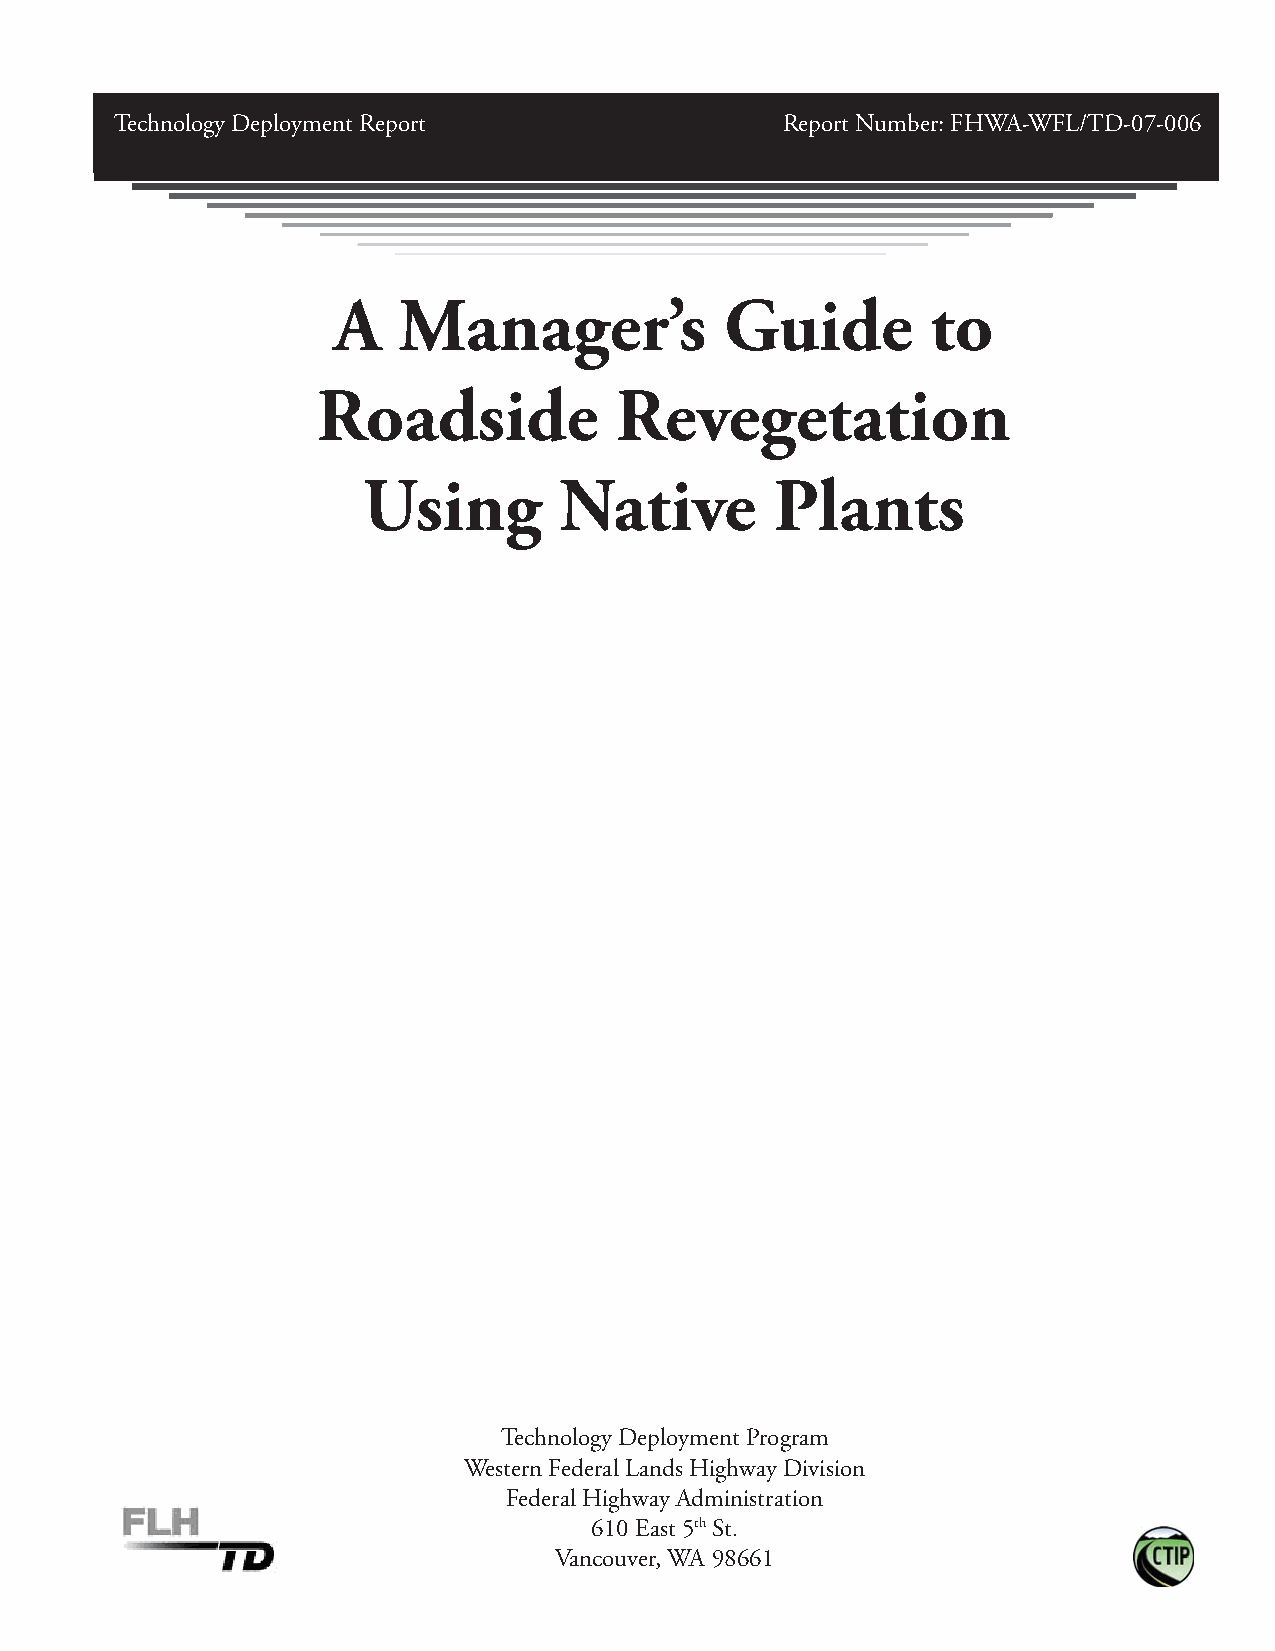
Technology Deployment Report                Report Number: FHWA-WFL/TD-07-006
 A   Manager’s             Guide         to
 Roadside            Revegetation
 Using        Native        Plants
 Technology Deployment Program
 Western Federal Lands Highway Division
 Federal Highway Administration
 610 East 5th St.
 Vancouver, WA 98661